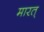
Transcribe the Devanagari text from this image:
मारत्